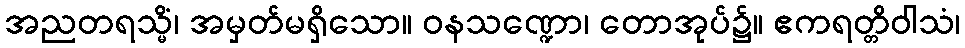
အညတရသ္မိံ၊ အမှတ်မရှိသော။ ဝနသဏ္ဍော၊ တောအုပ်၌။ ဧကရတ္တိဝါသံ၊